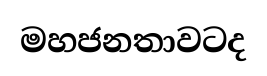
මහජනතාවටද